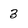
Character: 3